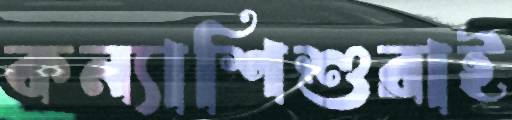
কন্যাশিশুরাই